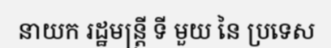
នាយក រដ្ឋមន្ត្រី ទី មួយ នៃ ប្រទេស